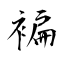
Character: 褊